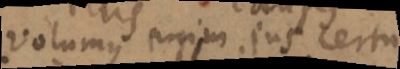
Volumus enim jus certum